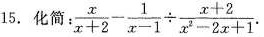
15.化简:$$\frac{x}{x+2}- \frac{1}{x-1} \div \frac{x+2}{x^{2}-2x+1}$$.